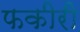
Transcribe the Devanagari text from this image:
फकीरी